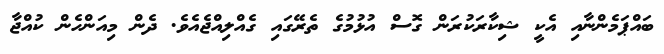
ބައްޕަމެންނާއި އެކީ ޝިކާރަކުރަން ގޮސް އުޅުމުގެ ތެރޭގައި ގެއްލިއްޖެއެވެ. ދެން މިއަންހެން ކުއްޖާ